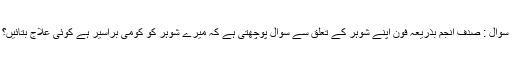
سوال : صدف انجم بذریعہ فون اپنے شوہر کے تعلق سے سوال پوچھتی ہے کہ میرے شوہر کو کومی براسیر ہے کوئی علاج بتائیں؟